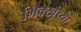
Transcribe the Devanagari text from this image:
भिक्खुंच्या